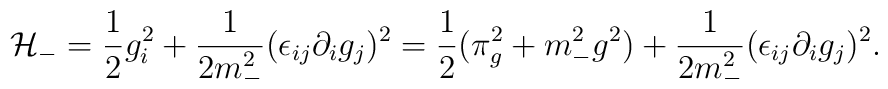
{\cal H}_-={1\over 2}g_i^2+{1\over{2m_-^2}}(\epsilon_{ij}\partial _ig_j)^2={1\over 2}(\pi _g^2+m_-^2g^2)+{1\over{2m_-^2}}(\epsilon_{ij}\partial _ig_j)^2.